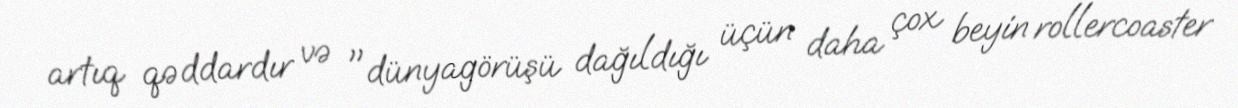
artıq qəddardır və "dünyagörüşü dağıldığı üçün daha çox beyin rollercoaster